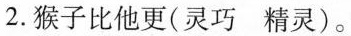
2.猴子比他更(灵巧 精灵)。